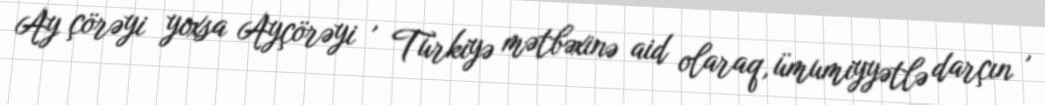
Ay çörəyi yoxsa Ayçörəyi , Türkiyə mətbəxinə aid olaraq, ümumiyyətlə darçın ,